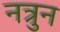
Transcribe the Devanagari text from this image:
नत्रुन